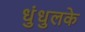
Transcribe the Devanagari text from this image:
धुंधुलके